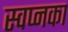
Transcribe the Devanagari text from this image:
स्वप्नका